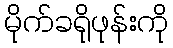
မိုက်ခရိုဖုန်းကို